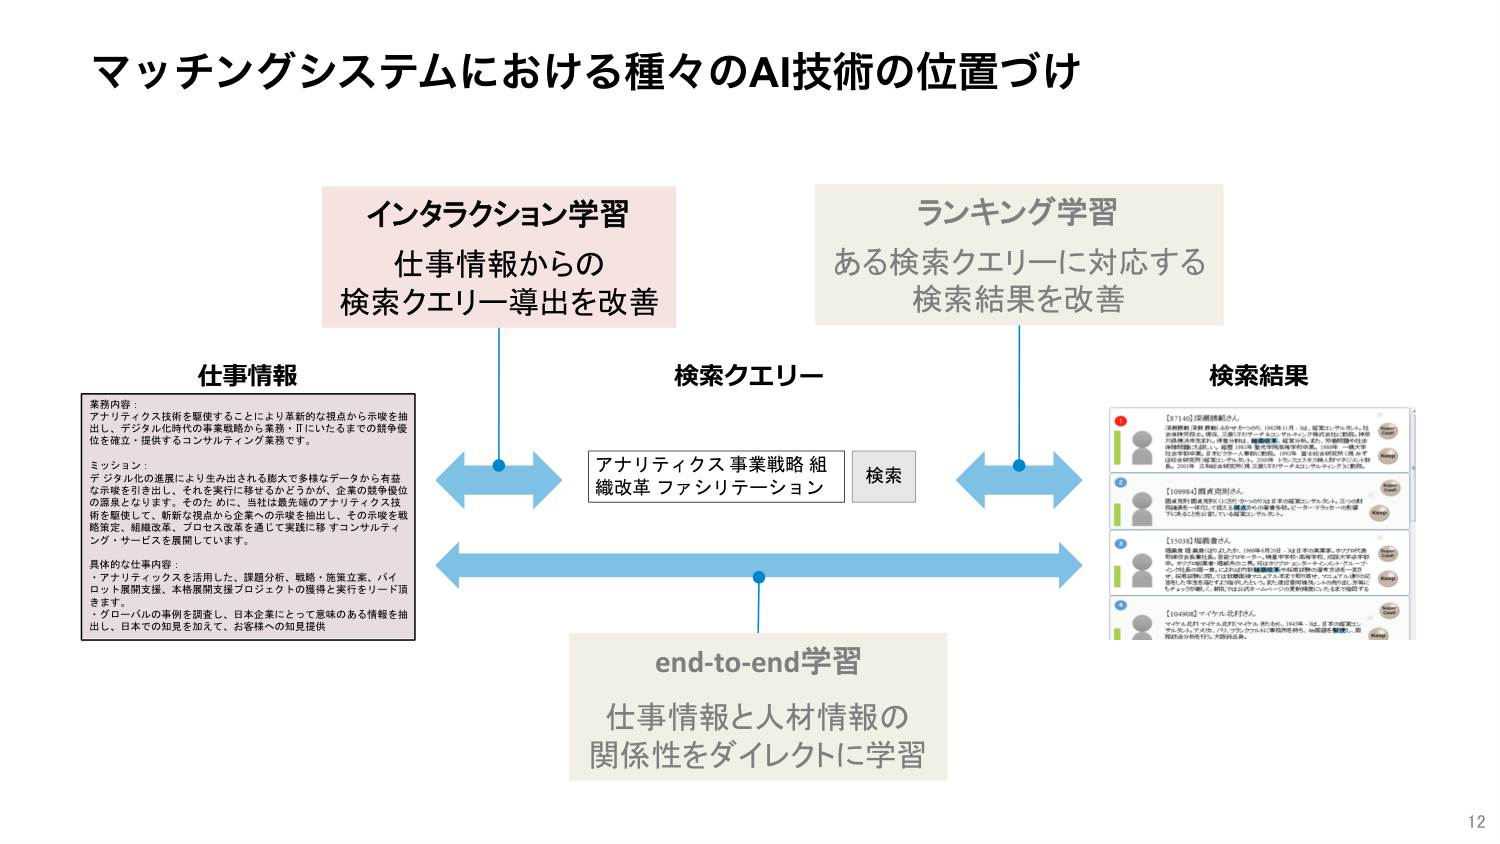
マッチングシステムにおける種々のAI技術の位置づけ

インタラクション学習
仕事情報からの
検索クエリー導出を改善

ランキング学習
ある検索クエリーに対応する
検索結果を改善

仕事情報
業務内容：
アナリティクス技術を駆使することにより革新的な視点から示唆を抽出し、デジタル化時代の事業戦略から業務・ITにいたるまでの競争優位を確立・提供するコンサルティング業務です。

ミッション：
デジタル化の進展により生み出される膨大で多様なデータから有益な示唆を引き出し、それを実行に移せるかどうかが、企業の競争優位の源泉となります。そのために、当社は最先端のアナリティクス技術を駆使して、斬新な視点から企業への示唆を抽出し、その示唆を戦略策定、組織改革、プロセス改革を通じて実践に移すコンサルティング・サービスを展開しています。

具体的な仕事内容：
・アナリティクスを活用した、課題分析、戦略・施策立案、パイロット展開支援、本格展開支援プロジェクトの獲得と実行をリード頂きます。
・グローバルの事例を調査し、日本企業にとって意味のある情報を抽出し、日本での知見を加えて、お客様への知見提供

検索クエリー

検索結果

アナリティクス 事業戦略 組織改革 ファシリテーション
検索

end-to-end学習
仕事情報と人材情報の
関係性をダイレクトに学習

【87140】深瀬悟郎さん
深瀬悟郎（深瀬 悟郎）さん（かーぶの、1962年11月 - ）は、東京にいたち、社会保険労務士、税理士、公認会計士である。アレルギー専門医を経て、現在は医療の仕事とは無関係に、経営・IT分野で事業活動を続けている。2010年、一橋大学社会学部卒業。1997年、東京大学大学院経済学研究科修士課程修了。2000年、東京大学大学院経済学研究科博士課程修了。2000年、日本経済新聞社に勤務。2003年、日本経済新聞社を退職し、株式会社アドバンス・アカデミックを創業。

【100984】鈴木克明さん
鈴木克明（鈴木 克明）さん（すずき かつあき）は日本の経営コンサルタント。三つ巴財団理事。一橋大学経済学部卒業。1985年、日本経済新聞社に入社。1990年、同社を退職し、経営コンサルティング会社を設立。

【15038】松島貴史さん
松島貴史（まつしま たかし）さん（1968年4月10日 - ）は日本の実業家。かつての代表取締役社長兼CEO。東京にいたち、一橋大学経済学部卒業。1992年、日本経済新聞社に入社。1997年、同社を退職し、株式会社アドバンス・アカデミックを創業。2000年、一橋大学大学院経済学研究科修士課程修了。2003年、同社を退職し、経営コンサルティング会社を設立。2005年、日本経済新聞社に再入社。2008年、同社を退職し、経営コンサルティング会社を設立。2010年、同社を退職し、経営コンサルティング会社を設立。2012年、同社を退職し、経営コンサルティング会社を設立。2014年、同社を退職し、経営コンサルティング会社を設立。2016年、同社を退職し、経営コンサルティング会社を設立。2018年、同社を退職し、経営コンサルティング会社を設立。2020年、同社を退職し、経営コンサルティング会社を設立。2022年、同社を退職し、経営コンサルティング会社を設立。2024年、同社を退職し、経営コンサルティング会社を設立。

【100008】マイケル北村さん
マイケル北村（マイケル きたむら）さん（1963年 - ）は、日本の経営コンサルタントである。ハリウッド・アカデミーに勤務経験あり。米国在留経験あり。大規模企業、国際的企業の経営支援、大規模企業、国際的企業の経営支援。

12